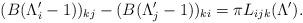
LaTeX: \begin{align*} (B(\Lambda'_i-1))_{kj}-(B(\Lambda'_j-1))_{ki}=\pi L_{ijk}(\Lambda'). \end{align*}